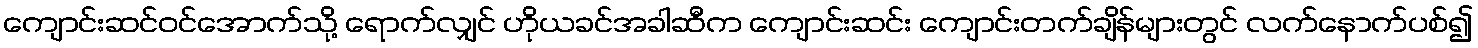
ကျောင်းဆင်ဝင်အောက်သို့ ရောက်လျှင် ဟိုယခင်အခါဆီက ကျောင်းဆင်း ကျောင်းတက်ချိန်များတွင် လက်နောက်ပစ်၍